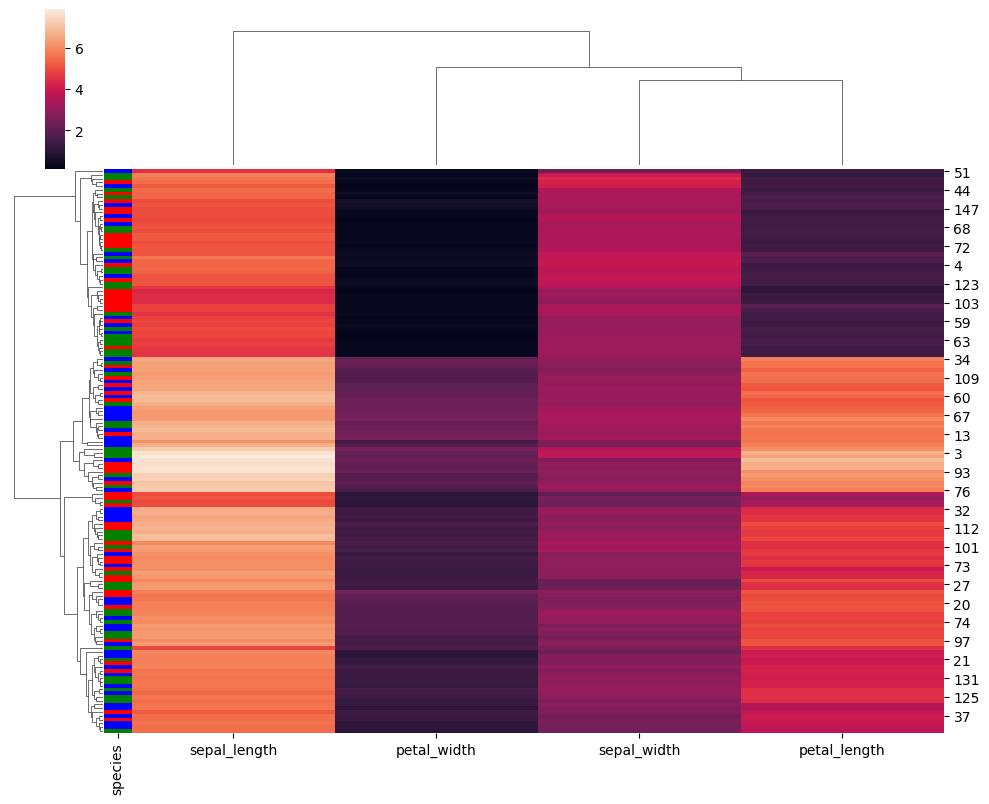
python, seaborn, clustermap, figsize=(10, 8), row_cluster=True, dendrogram_ratio=(0.1, 0.2), cbar_pos=(0.05, 0.8, 0.02, 0.2)